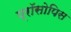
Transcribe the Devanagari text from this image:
प्रॉसोपिस